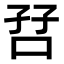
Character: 𫩼